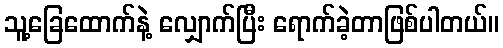
သူ့ခြေထောက်နဲ့ လျှောက်ပြီး ရောက်ခဲ့တာဖြစ်ပါတယ်။